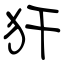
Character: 犴